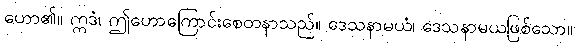
ဟော၏။ ဣဒံ၊ ဤဟောကြောင်းစေတနာသည်။ ဒေသနာမယံ၊ ဒေသနာမယဖြစ်သော။